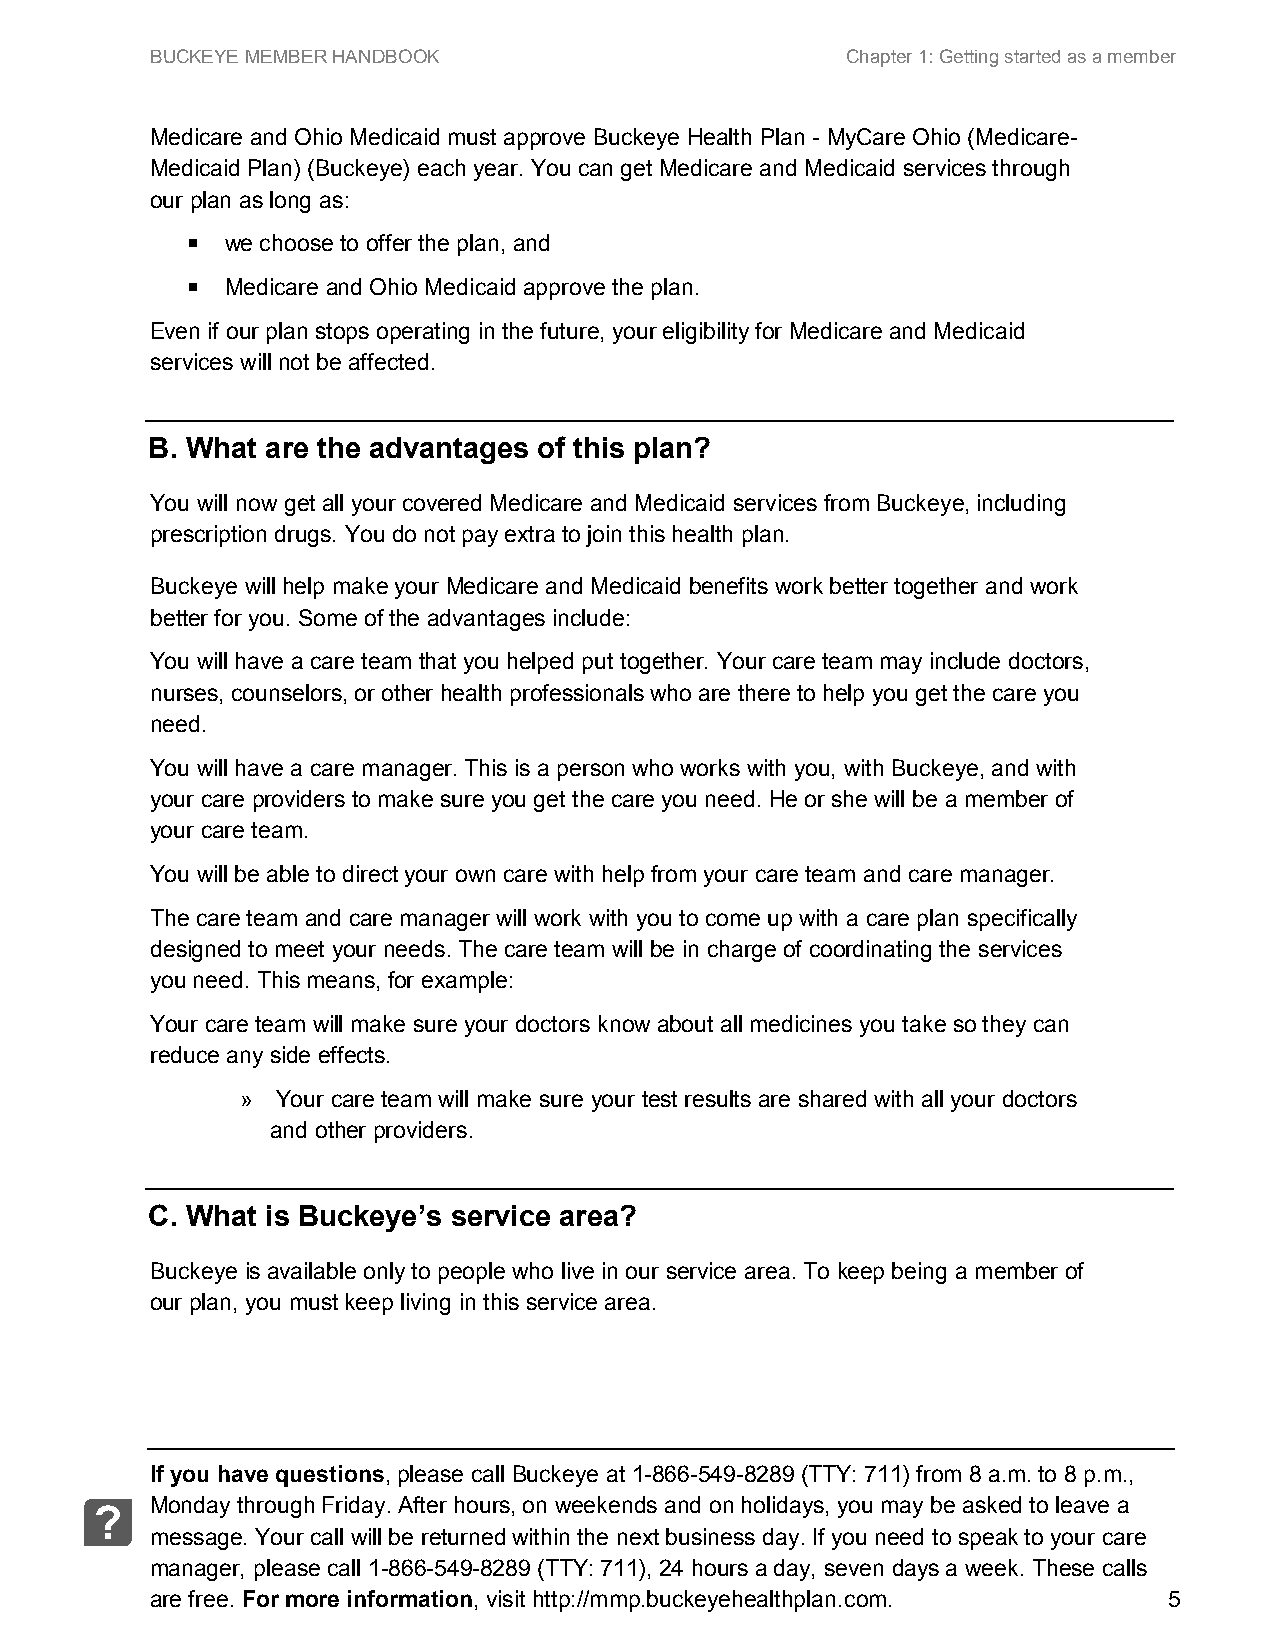
BUCKEYE MEMBER HANDBOOK                       Chapter 1: Getting started as a member
 Medicare and Ohio Medicaid must approve Buckeye Health Plan - MyCare Ohio (Medicare-
 Medicaid Plan) (Buckeye) each year. You can get Medicare and Medicaid services through
 our plan as long as:
   we choose to offer the plan, and
   Medicare and Ohio Medicaid approve the plan.
 Even if our plan stops operating in the future, your eligibility for Medicare and Medicaid
 services will not be affected.
 B. What are the advantages of this plan?
 You will now get all your covered Medicare and Medicaid services from Buckeye, including
 prescription drugs. You do not pay extra to join this health plan.
 Buckeye will help make your Medicare and Medicaid benefits work better together and work
 better for you. Some of the advantages include:
 You will have a care team that you helped put together. Your care team may include doctors,
 nurses, counselors, or other health professionals who are there to help you get the care you
 need.
 You will have a care manager. This is a person who works with you, with Buckeye, and with
 your care providers to make sure you get the care you need. He or she will be a member of
 your care team.
 You will be able to direct your own care with help from your care team and care manager.
 The care team and care manager will work with you to come up with a care plan specifically
 designed to meet your needs. The care team will be in charge of coordinating the services
 you need. This means, for example:
 Your care team will make sure your doctors know about all medicines you take so they can
 reduce any side effects.
 » Your care team will make sure your test results are shared with all your doctors
 and other providers.
 C. What is Buckeye’s service area?
 Buckeye is available only to people who live in our service area. To keep being a member of
 our plan, you must keep living in this service area.
 If you have questions, please call Buckeye at 1-866-549-8289 (TTY: 711) from 8 a.m. to 8 p.m.,
 Monday through Friday. After hours, on weekends and on holidays, you may be asked to leave a
 ?
 message. Your call will be returned within the next business day. If you need to speak to your care
 manager, please call 1-866-549-8289 (TTY: 711), 24 hours a day, seven days a week. These calls
 are free. For more information, visit http://mmp.buckeyehealthplan.com. 5